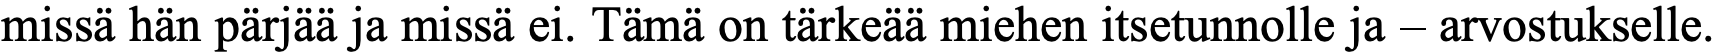
missä hän pärjää ja missä ei. Tämä on tärkeää miehen itsetunnolle ja – arvostukselle.